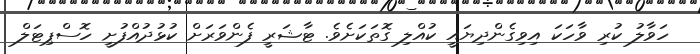
ހަވާލު ކުރި ވާހަކަ އިވިގެންދިޔައީ ކުއްލި ގޮތަކަށެވެ. ޓާޝަރީ ފެންވަރަށް ކުޅުދުއްފުށީ ހޮސްޕިޓަލް